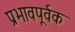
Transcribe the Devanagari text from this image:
प्रभावपूर्वक